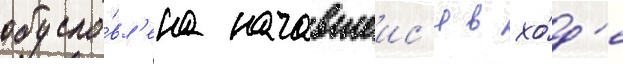
обусло́вл'ена начавшеис'я в хо́д'е